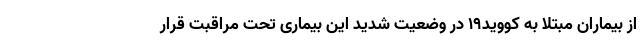
از بیماران مبتلا به کووید۱۹ در وضعیت شدید این بیماری تحت مراقبت قرار